Report on the Civil Veterinary Department, Eastern Bengal and Assam - 1907-1911
Year: 1907
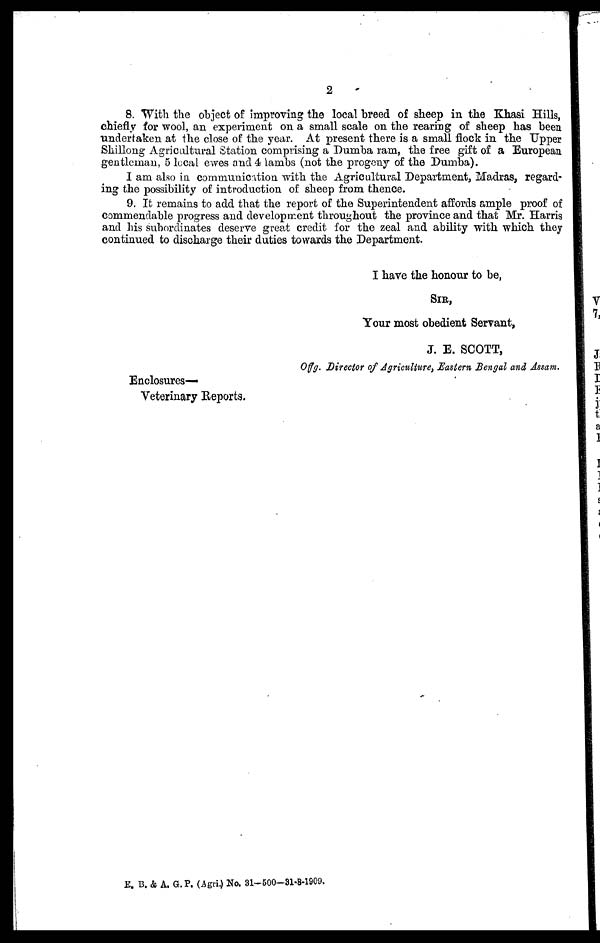
2
8. With the object of improving the local breed of sheep in the Khasi Hills,
chiefly for wool, an experiment on a small scale on the rearing of sheep has been
undertaken at the close of the year. At present there is a small flock in the Upper
Shillong Agricultural Station comprising a Dumba ram, the free gift of a European
gentleman, 5 local ewes and 4 lambs (not the progeny of the Dumba).
I am also in communication with the Agricultural Department, Madras, regard-
ing the possibility of introduction of sheep from thence.
9. It remains to add that the report of the Superintendent affords ample proof of
commendable progress and development throughout the province and that Mr. Harris
and his subordinates deserve great credit for the zeal and ability with which, they
continued to discharge their duties towards the Department.
I have the honour to be,
SIR,
Your most obedient Servant,
J. E. SCOTT,
offg. Director of Agriculture, Eastern Bengal and, Assam.
Enclosures—
Veterinary Reports.
E. B. & A. G.P. (Agri.) No. 31—500—31-8-1909.